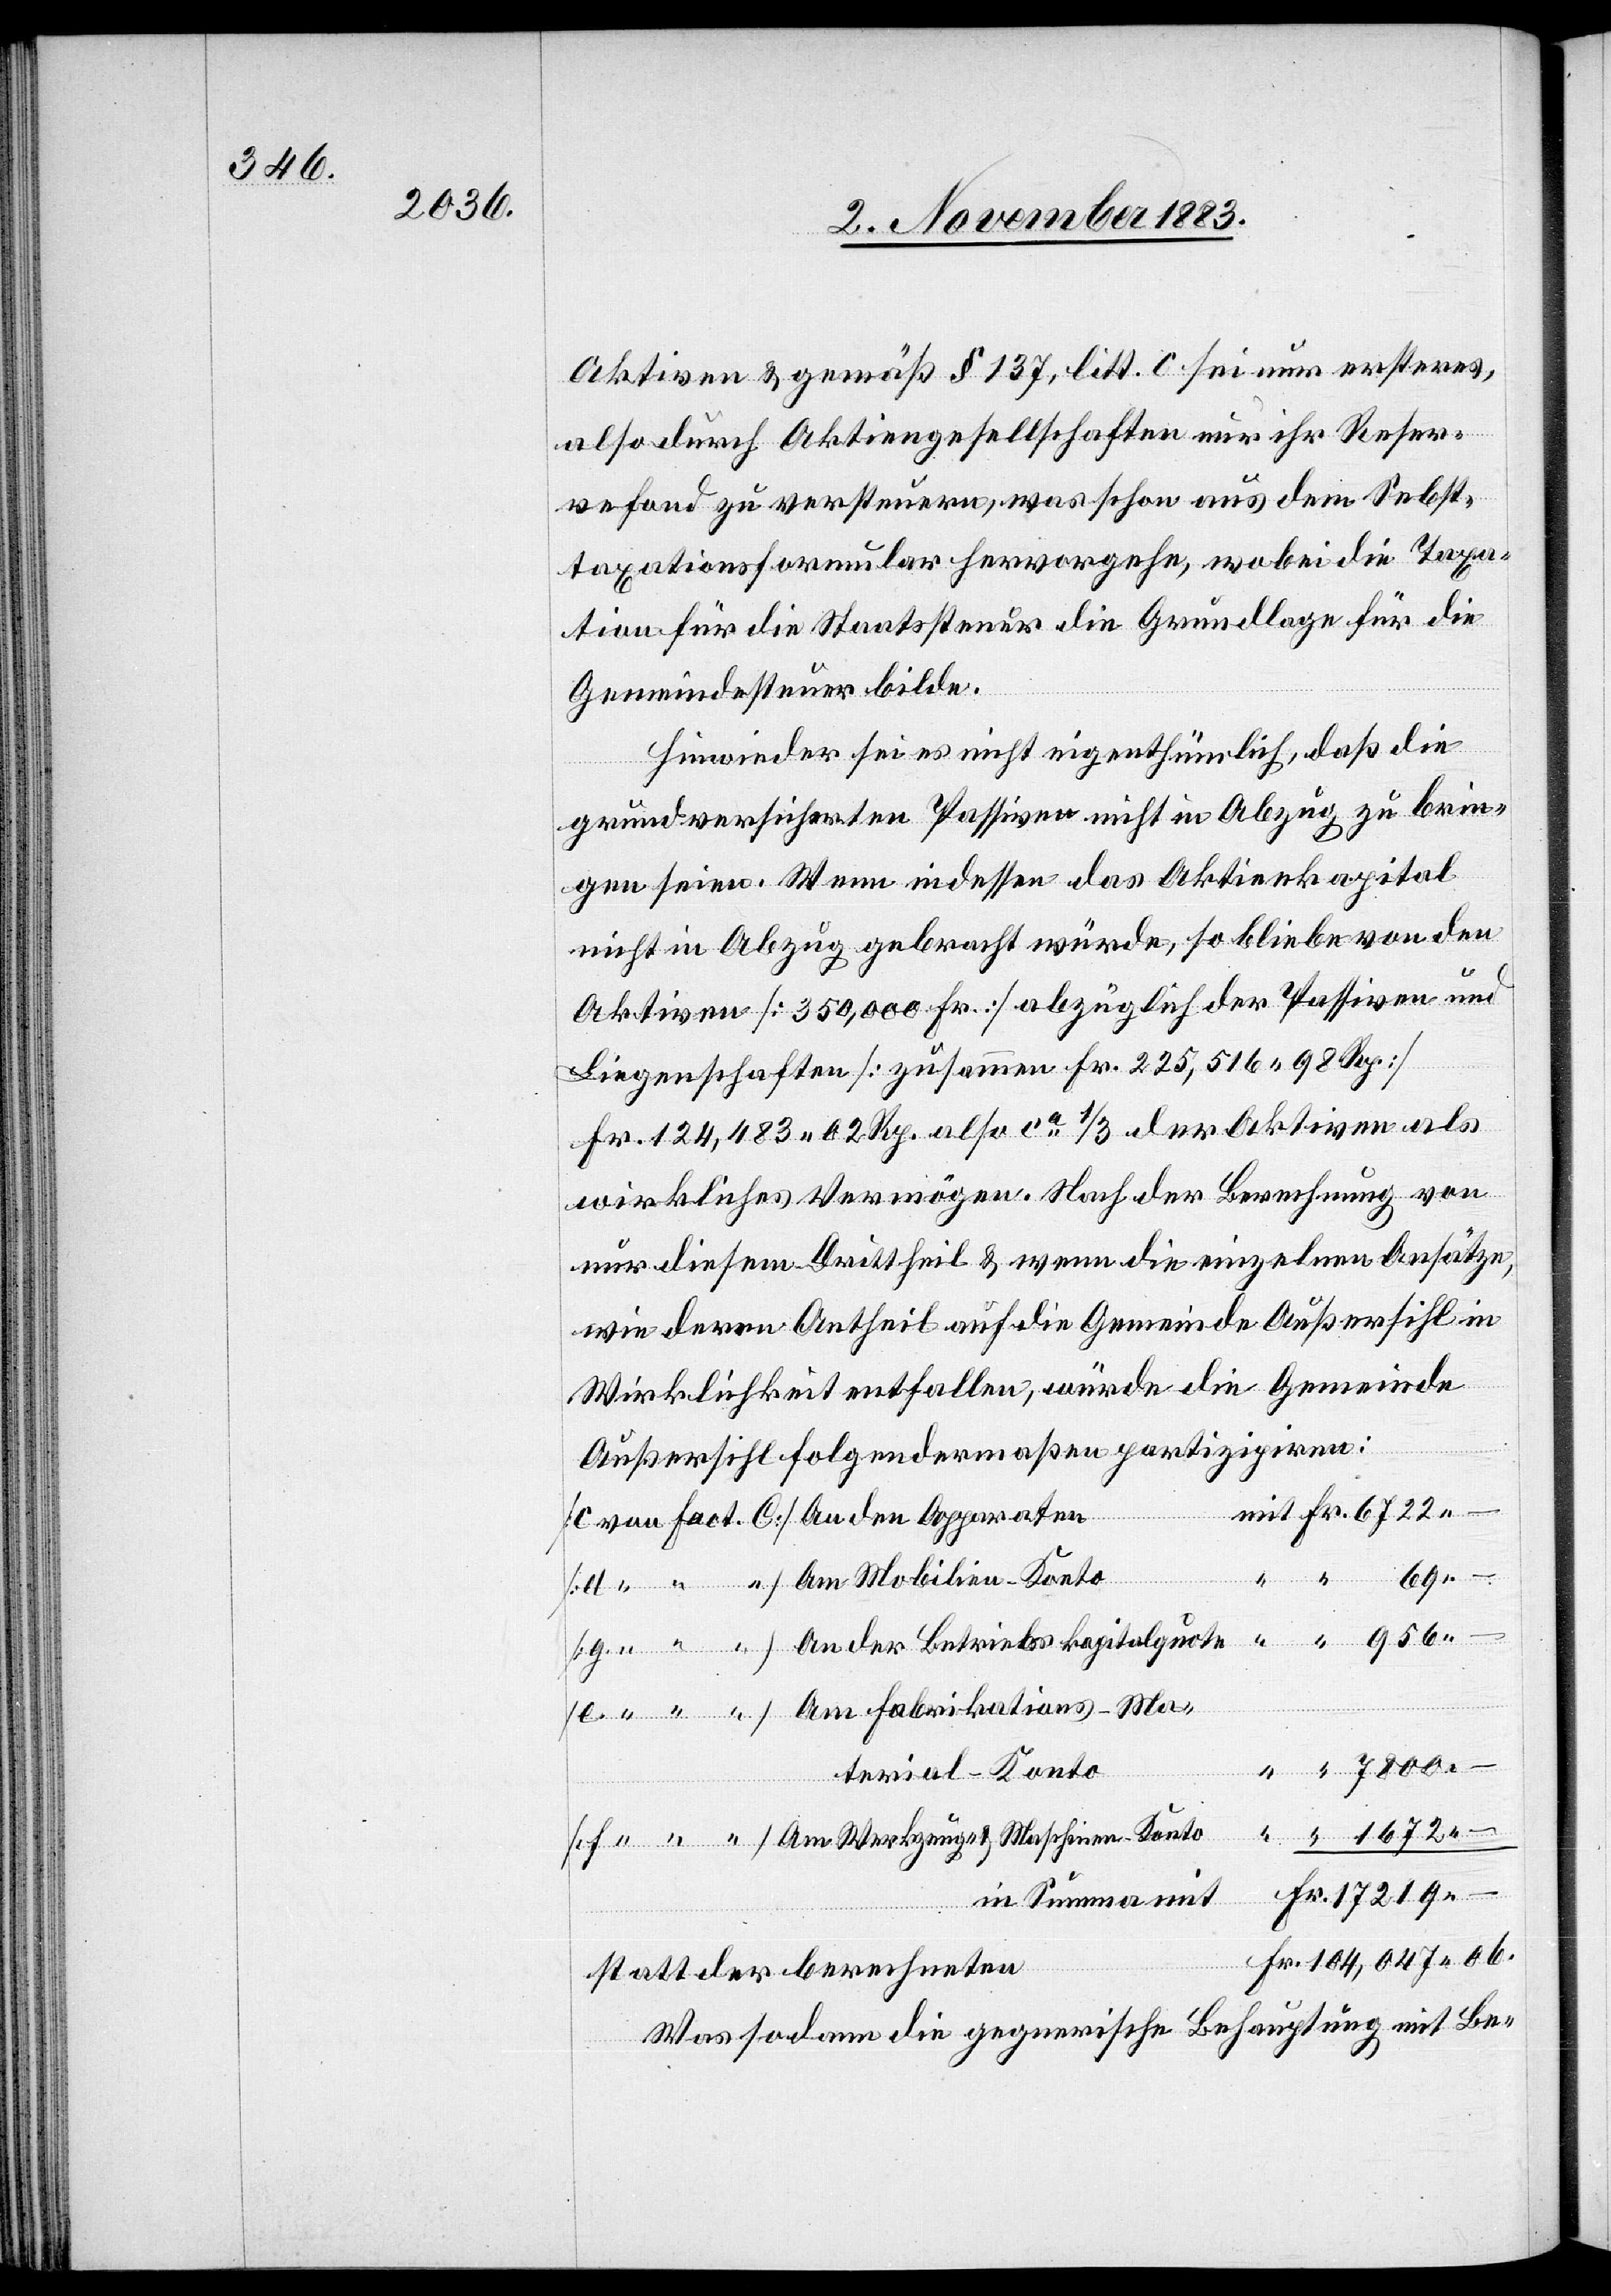
Aktiven & gemäß § 137, litt. c. sei nur ersteres,
also durch Aktiengesellschaften nur ihr Reser¬
vefond zu versteuern, was schon aus dem Se[l]bst¬
taxationsformular hervorgehe, wobei die Taxa¬
tion für die Staatssteuer die Grundlage für die
Gemeindesteuer bilde.
Hinwieder sei es nicht eigenthümlich, daß die
grundversicherten Passiven nicht in Abzug zu brin¬
gen seien. Wenn indessen das Aktienkapital
nicht in Abzug gebracht würde, so bliebe von den
Aktiven [350,000 Fr.] abzüglich der Passiven und
Liegenschaften [zusammen Fr. 225,516 98 Rp.]
Fr. 124,483 02 Rp. also ca 1/3 der Aktiven als
wirkliches Vermögen. Nach der Berechnung von
nur diesem Drittheil & wenn die einzelnen Ansätze,
wie deren Antheil auf die Gemeinde Außersihl in
Wirklichkeit entfallen, würde die Gemeinde
Außersihl folgendermaßen partizipiren:
ob.
–
mit
An der Betriebskapitalquote
terial-Konto
in Summa mit
statt der berechneten
Was sodann die generische Behauptung mit Be-